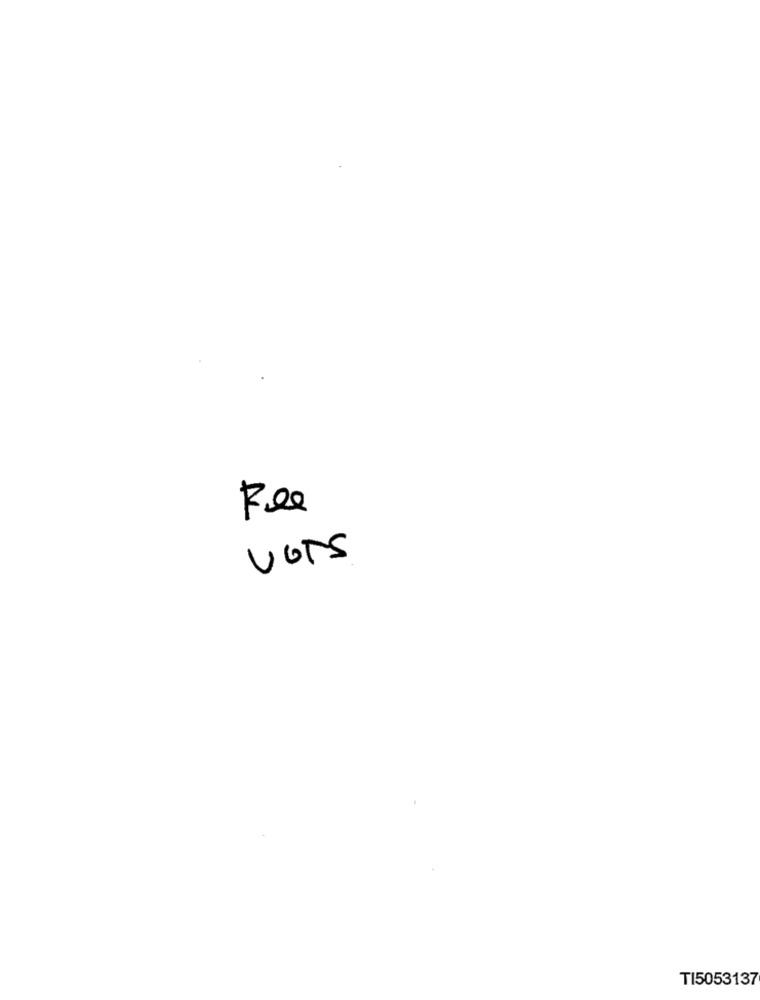
Re0
VOTS
TI5053137